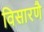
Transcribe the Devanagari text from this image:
विसारणै